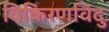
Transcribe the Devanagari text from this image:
विकिरणविंदु